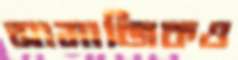
সামাজিকও